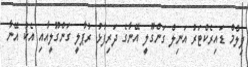
ފިލްމް ޑައިރެކްޓަރު އަނިލް ގަންގޫލީ އޭނާގެ ދަރިފުޅު ރުޕާލީ ގަންގޫލީއާއި އެކު އޭނާ